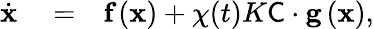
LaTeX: \begin{array}{rlr}{\dot{\textbf{x}}}&{{}=}&{\textbf{f}\left(\textbf{x}\right)+{\chi}(t){K}{\textsf{C}}\cdot\mathbf{g}\left(\textbf{x}\right),}\end{array}